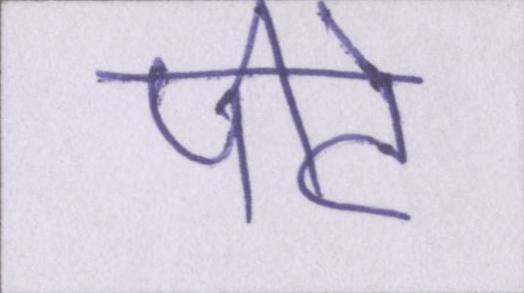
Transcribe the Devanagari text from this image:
पीटे